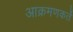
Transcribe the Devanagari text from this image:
आक्रमणकर्ते